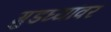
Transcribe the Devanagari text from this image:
गुडघ्यांवर